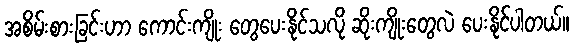
အစိမ်းစားခြင်းဟာ ကောင်းကျိုး တွေပေးနိုင်သလို ဆိုးကျိုးတွေလဲ ပေးနိုင်ပါတယ်။